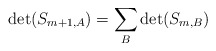
\begin{align*}\det(S_{m+1,A}) = \sum_B \det(S_{m,B})\end{align*}